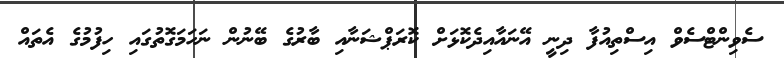
ސެވިންޓްސެވް އިސްތިއުފާ ދިނީ އޭނައާއިދެކޮޅަށް ކޮރަޕްޝަނާއި ބާރުގެ ބޭނުން ނަހަމަގޮތުގައި ހިފުމުގެ އެތައް